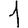
Digit: 1